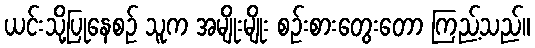
ယင်းသို့ပြုနေစဉ် သူက အမျိုးမျိုး စဉ်းစားတွေးတော ကြည့်သည်။